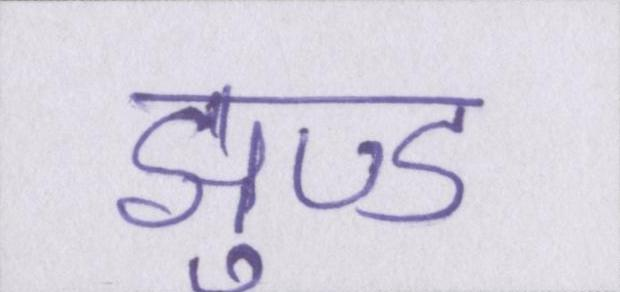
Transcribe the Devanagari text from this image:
झुण्ड